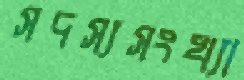
সদস্যসংখ্যা